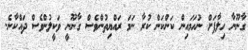
ގާނޫނާ ހިލާފަށް ނުހަމައިން ކަންކަން ކުރާ ނަމަ ރައްޔިތުންވެސް ގާނޫނީ ވަކީލުންވެސް ދައްކާނެ.